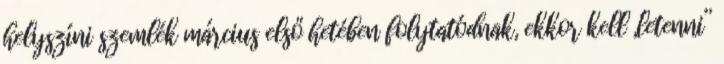
helyszíni szemlék március első hetében folytatódnak, ekkor kell „letenni”